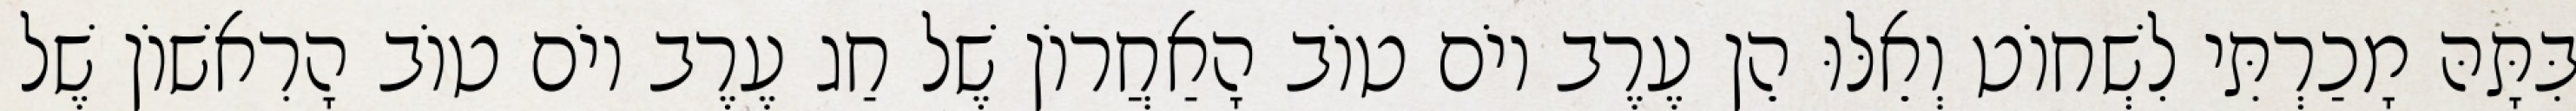
בִּתָּהּ מָכַרְתִּי לִשְׁחוֹט וְאֵלּוּ הֵן עֶרֶב יוֹם טוֹב הָאַחֲרוֹן שֶׁל חַג עֶרֶב יוֹם טוֹב הָרִאשׁוֹן שֶׁל